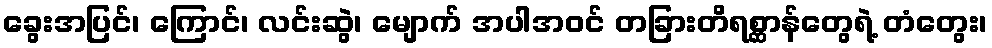
ခွေးအပြင်၊ ကြောင်၊ လင်းဆွဲ၊ မျောက် အပါအဝင် တခြားတိရစ္ဆာန်တွေရဲ့ တံတွေး၊